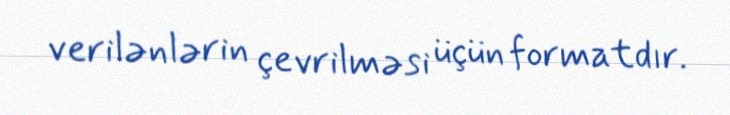
verilənlərin çevrilməsi üçün formatdır.